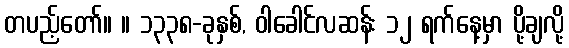
တပည့်တော်။ ။ ၁၃၃၈-ခုနှစ်, ဝါခေါင်လဆန်း ၁၂ ရက်နေ့မှာ ပို့ချလို့